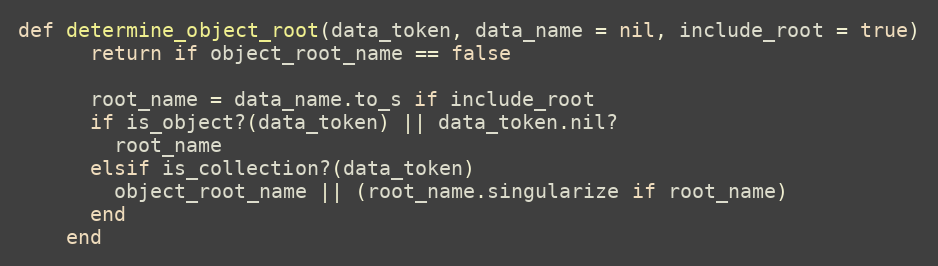
Language: Ruby
def determine_object_root(data_token, data_name = nil, include_root = true)
      return if object_root_name == false

      root_name = data_name.to_s if include_root
      if is_object?(data_token) || data_token.nil?
        root_name
      elsif is_collection?(data_token)
        object_root_name || (root_name.singularize if root_name)
      end
    end